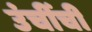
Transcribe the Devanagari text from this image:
उंचींची